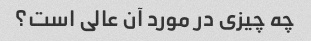
چه چیزی در مورد آن عالی است؟